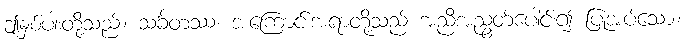
ဤနှစ်ပါးတို့သည်။ သင်္ခတဿ၊ အကြောင်းအရာတို့သည် အညီအညွတ်ပေါင်း၍ ပြုအပ်သော။